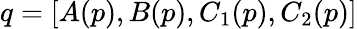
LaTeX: q=[A(p),B(p),C_{1}(p),C_{2}(p)]